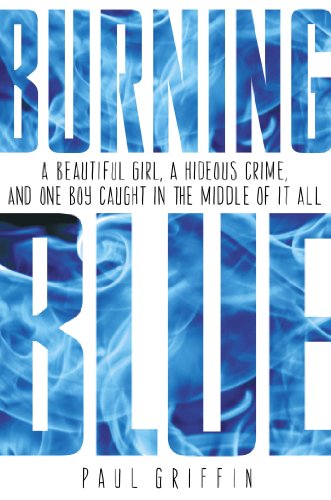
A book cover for Burning Blue; Paul Griffin; Teen & Young Adult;